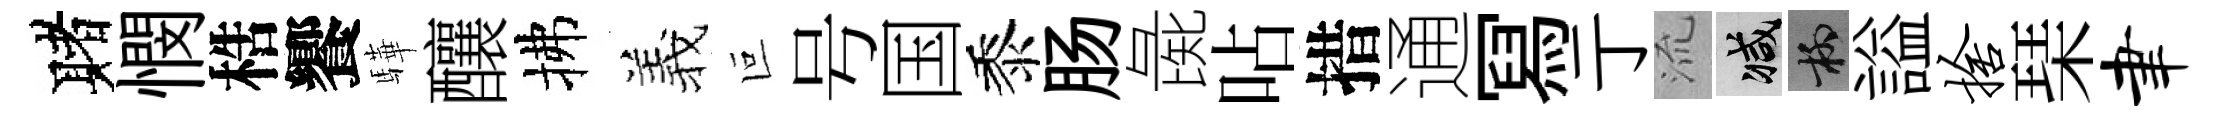
赌憫梏饗驊釀拂羲叵号国黍肠彘呫措通冩亍𣴑减柳謚舍琹聿